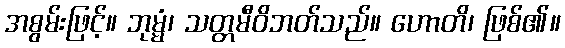
အစွမ်းဖြင့်။ ဘုမ္မံ၊ သတ္တမီဝိဘတ်သည်။ ဟောတိ၊ ဖြစ်၏။